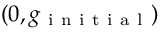
( 0 , g _ { \mathrm { ~ i ~ n ~ i ~ t ~ i ~ a ~ l ~ } } )